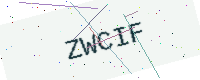
Text: ZWCIF